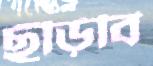
ছুঁড়িবি